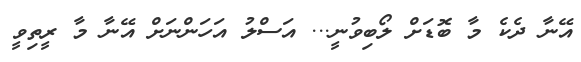
އޭނާ ދެކެ މާ ބޮޑަށް ލޯބިވުނީ... އަސްލު އަހަންނަށް އޭނާ މާ ރީތިވީ